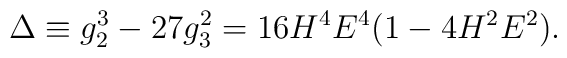
\Delta\equiv g_2^3-27g_3^2=16H^4E^4(1-4H^2E^2).